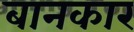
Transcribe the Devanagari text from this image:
बानकार